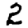
Digit: 2